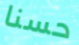
حسنا